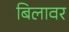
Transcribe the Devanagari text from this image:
बिलावर